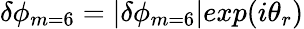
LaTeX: \delta\phi_{m=6}=|\delta\phi_{m=6}|exp(i\theta_{r})